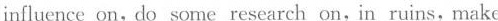
influence on, do some research on,in ruins,make